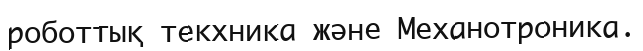
роботтық текхника және Механотроника.